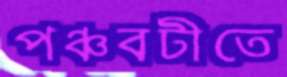
পঞ্চবটীতে